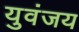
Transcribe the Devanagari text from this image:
युवंजय